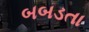
બબડતા